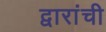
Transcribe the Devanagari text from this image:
द्वारांची